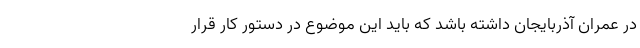
در عمران آذربایجان داشته باشد که باید این موضوع در دستور کار قرار